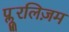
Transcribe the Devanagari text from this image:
प्लूरलिज़म